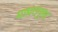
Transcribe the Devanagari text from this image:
घाघरानुमा